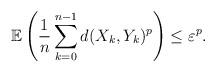
LaTeX: \begin{align*}\begin{gathered}\mathbb{{E}}\left(\frac{1}{n}\sum_{k=0}^{n-1}d(X_{k},Y_{k})^p\right)\leq\varepsilon^p.\end{gathered}\end{align*}